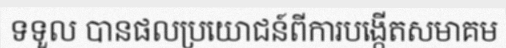
ទទួល បានផលប្រយោជន៍ពីការបង្កើតសមាគម